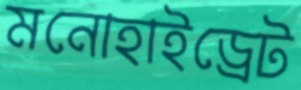
মনোহাইড্রেট